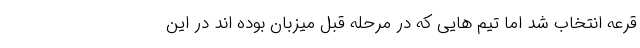
قرعه انتخاب شد اما تیم هایی که در مرحله قبل میزبان بوده اند در این